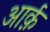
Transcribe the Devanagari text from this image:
आर्क़